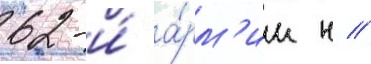
62-и́ а́рм'ии н //